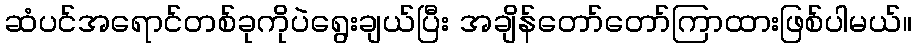
ဆံပင်အရောင်တစ်ခုကိုပဲရွေးချယ်ပြီး အချိန်တော်တော်ကြာထားဖြစ်ပါမယ်။